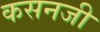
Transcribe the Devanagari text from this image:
कसनजी